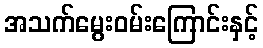
အသက်မွေးဝမ်းကြောင်းနှင့်